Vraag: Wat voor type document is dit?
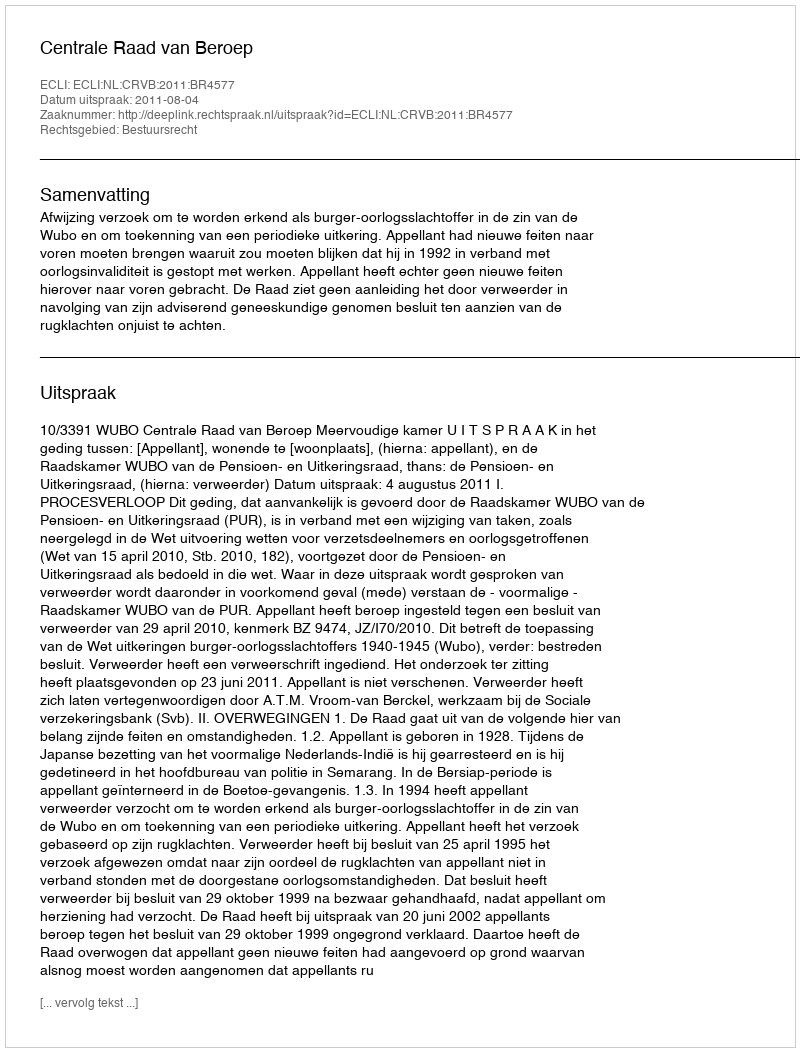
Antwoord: Uitspraak